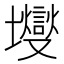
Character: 𰋃